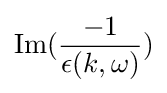
\mathrm {Im} ({\frac {-1}{\epsilon (k,\omega )}})